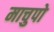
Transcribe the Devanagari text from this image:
माचुपो